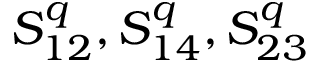
S _ { 1 2 } ^ { q } , S _ { 1 4 } ^ { q } , S _ { 2 3 } ^ { q }